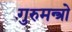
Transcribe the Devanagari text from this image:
गुरुमन्त्रो